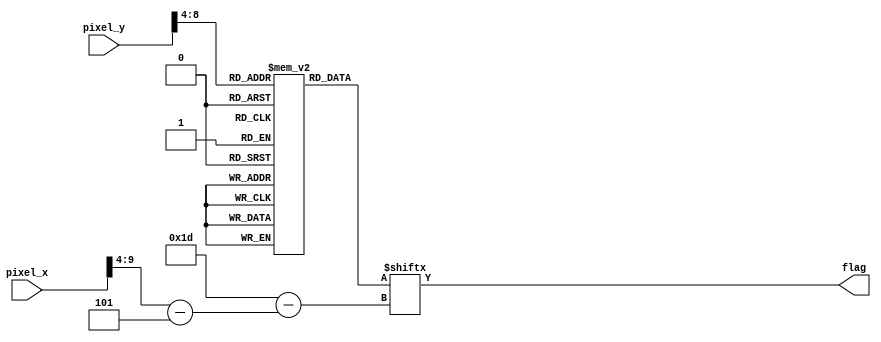
`timescale 1ns / 1ps
module gamewon(pixel_x, pixel_y, flag);
  input [9:0] pixel_x;
  input [9:0] pixel_y;
  output flag;
  
  reg [0:29] startscrn [29:0];
  
  wire [5:0] x = pixel_x[9:4] - 5;
  wire [5:0] y = pixel_y[9:4];
  assign flag = startscrn[y][x];
 
  
  initial begin
    // Clear the start screen
// Display "Game Won" message
  startscrn[0]  = 30'b000000000000000000000000000000; //0
    startscrn[1]  = 30'b000000000000000000000000000000; //1
    startscrn[2]  = 30'b000000000000000000000000000000; //2
    startscrn[3]  = 30'b000000000000000000000000000000; //3
    startscrn[4]  = 30'b000000000000000000000000000000; //4
    startscrn[5]  = 30'b000000000000000000000000000000; //5
    startscrn[6]  = 30'b000000000000000000000000000000; //6
    startscrn[7]  = 30'b000000000000000000000000000000; //7
    startscrn[8] =  30'b011110001110011100011101111100; //15
    startscrn[9] =  30'b011000011011011010101101100000; //16
    startscrn[10] = 30'b011000011011011001001101111100; //17
    startscrn[11] = 30'b011011011111011000001101100000; //18
    startscrn[12] = 30'b011011011011011000001101100000; //19
    startscrn[13] = 30'b011111011011011000001101111100;
    startscrn[14] = 30'b000000000000000000000000000000; //14
    startscrn[15] = 30'b000110110110011100110000110000; //15
    startscrn[16] = 30'b000110110110110110111000110000; //16
    startscrn[17] = 30'b000110110110110110110100110000; //17
    startscrn[18] = 30'b000110110110110110110010110000; //18
    startscrn[19] = 30'b000110110110110110110001110000; //19
    startscrn[20] = 30'b000011111100011100110000110000; //20
    startscrn[21] = 30'b000000000000000000000000000000; //21
    startscrn[22] = 30'b000000000000000000000000000000; //22
    startscrn[23] = 30'b000000000000000000000000000000; //23
    startscrn[24] = 30'b000000000000000000000000000000; //24
    startscrn[25] = 30'b000000000000000000000000000000; //25
    startscrn[26] = 30'b000000000000000000000000000000; //26
    startscrn[27] = 30'b000000000000000000000000000000; //27
    startscrn[28] = 30'b000000000000000000000000000000; //28
    startscrn[29] = 30'b000000000000000000000000000000; //29     
  end
endmodule